Triennial report on the lunatic asylums in the province of Eastern Bengal and Assam - 1903-1911
Year: 1903
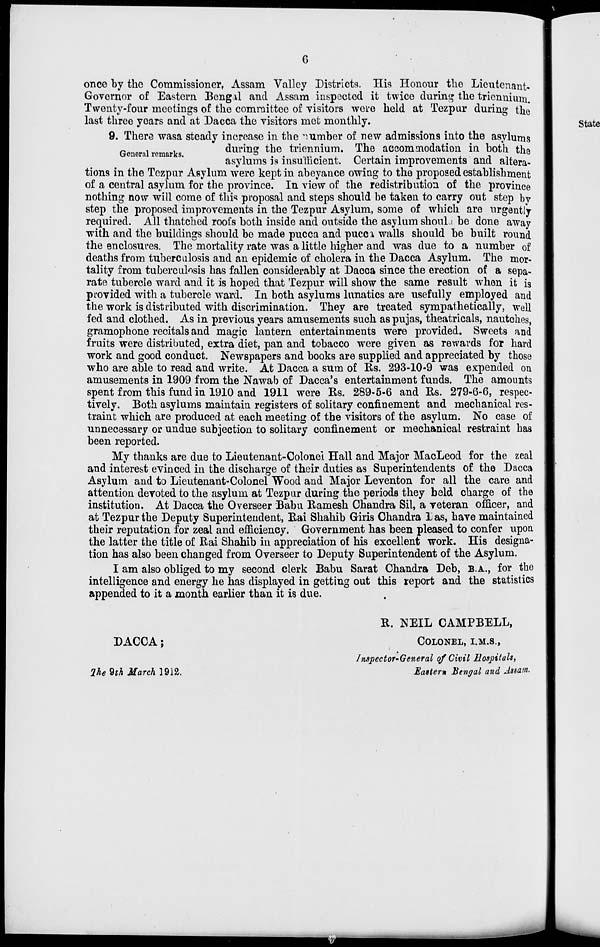
6
once by the Commissioner, Assam Valley Districts. His Honour the Lieutenant-
Governor of Eastern Bengal and Assam inspected it twice during the triennium.
Twenty-four meetings of the committee of visitors were held at Tezpur during the
last three years and at Dacca the visitors met monthly.
General remarks.
9. There wasa steady increase in the number of new admissions into the asylums
during the triennium. The accommodation in both the
asylums is insufficient. Certain improvements and altera-
tions in the Tezpur Asylum were kept in abeyance owing to the proposed establishment
of a central asylum for the province. In view of the redistribution of the province
nothing now will come of this proposal and steps should be taken to carry out step by
step the proposed improvements in the Tezpur Asylum, some of which are urgently
required. All thatched roofs both inside and outside the asylum should be done away
with and the buildings should be made pucca and pucca walls should be built round
the enclosures. The mortality rate was a little higher and was due to a number of
deaths from tuberculosis and an epidemic of cholera in the Dacca Asylum. The mor-
tality from tuberculosis has fallen considerably at Dacca since the erection of a sepa-
rate tubercle ward and it is hoped that Tezpur will show the same result when it is
provided with a tubercle ward. In both asylums lunatics are usefully employed and
the work is distributed with discrimination. They are treated sympathetically, well
fed and clothed. As in previous years amusements such as pujas, theatricals, nautches,
gramophone recitals and magic lantern entertainments were provided. Sweets and
fruits were distributed, extra diet, pan and tobacco were given as rewards for hard
work and good conduct. Newspapers and books are supplied and appreciated by those
who are able to read and write. At Dacca a sum of Rs. 293-10-9 was expended on
amusements in 1909 from the Nawab of Dacca's entertainment funds. The amounts
spent from this fund in 1910 and 1911 were Rs. 289-5-6 and Rs. 279-6-6, respec-
tively. Both asylums maintain registers of solitary confinement and mechanical res-
traint which are produced at each meeting of the visitors of the asylum. No case of
unnecessary or undue subjection to solitary confinement or mechanical restraint has
been reported.
My thanks are due to Lieutenant-Colonel Hall and Major MacLeod for the zeal
and interest evinced in the discharge of their duties as Superintendents of the Dacca
Asylum and to Lieutenant-Colonel Wood and Major Leventon for all the care and
attention devoted to the asylum at Tezpur during the periods they held charge of the
institution. At Dacca the Overseer Babu Ramesh Chandra Sil, a veteran officer, and
at Tezpur the Deputy Superintendent, Rai Shahib Giris Chandra Das, have maintained
their reputation for zeal and efficiency. Government has been pleased to confer upon
the latter the title of Rai Shahib in appreciation of his excellent work. His designa-
tion has also been changed from Overseer to Deputy Superintendent of the Asylum.
I am also obliged to my second clerk Babu Sarat Chandra Deb, B.A., for the
intelligence and energy he has displayed in getting out this report and the statistics
appended to it a month earlier than it is due.
DACCA;
The 9th March 1912.
B. NEIL CAMPBELL,
COLONEL, I.M.S.,
Inspector-General of Civil Hospitals,
Eastern Bengal and Assam.